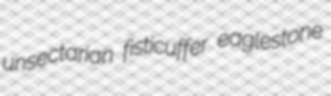
unsectarian fisticuffer eaglestone